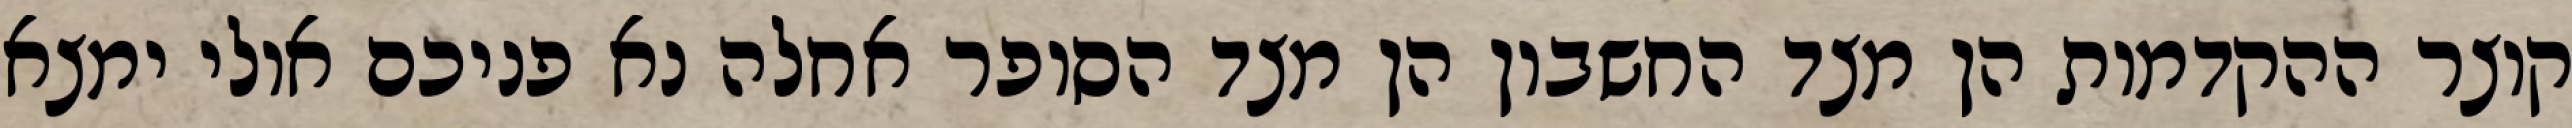
קוצר ההקדמות הן מצד החשבון הן מצד הסופר אחלה נא פניכם אולי ימצא